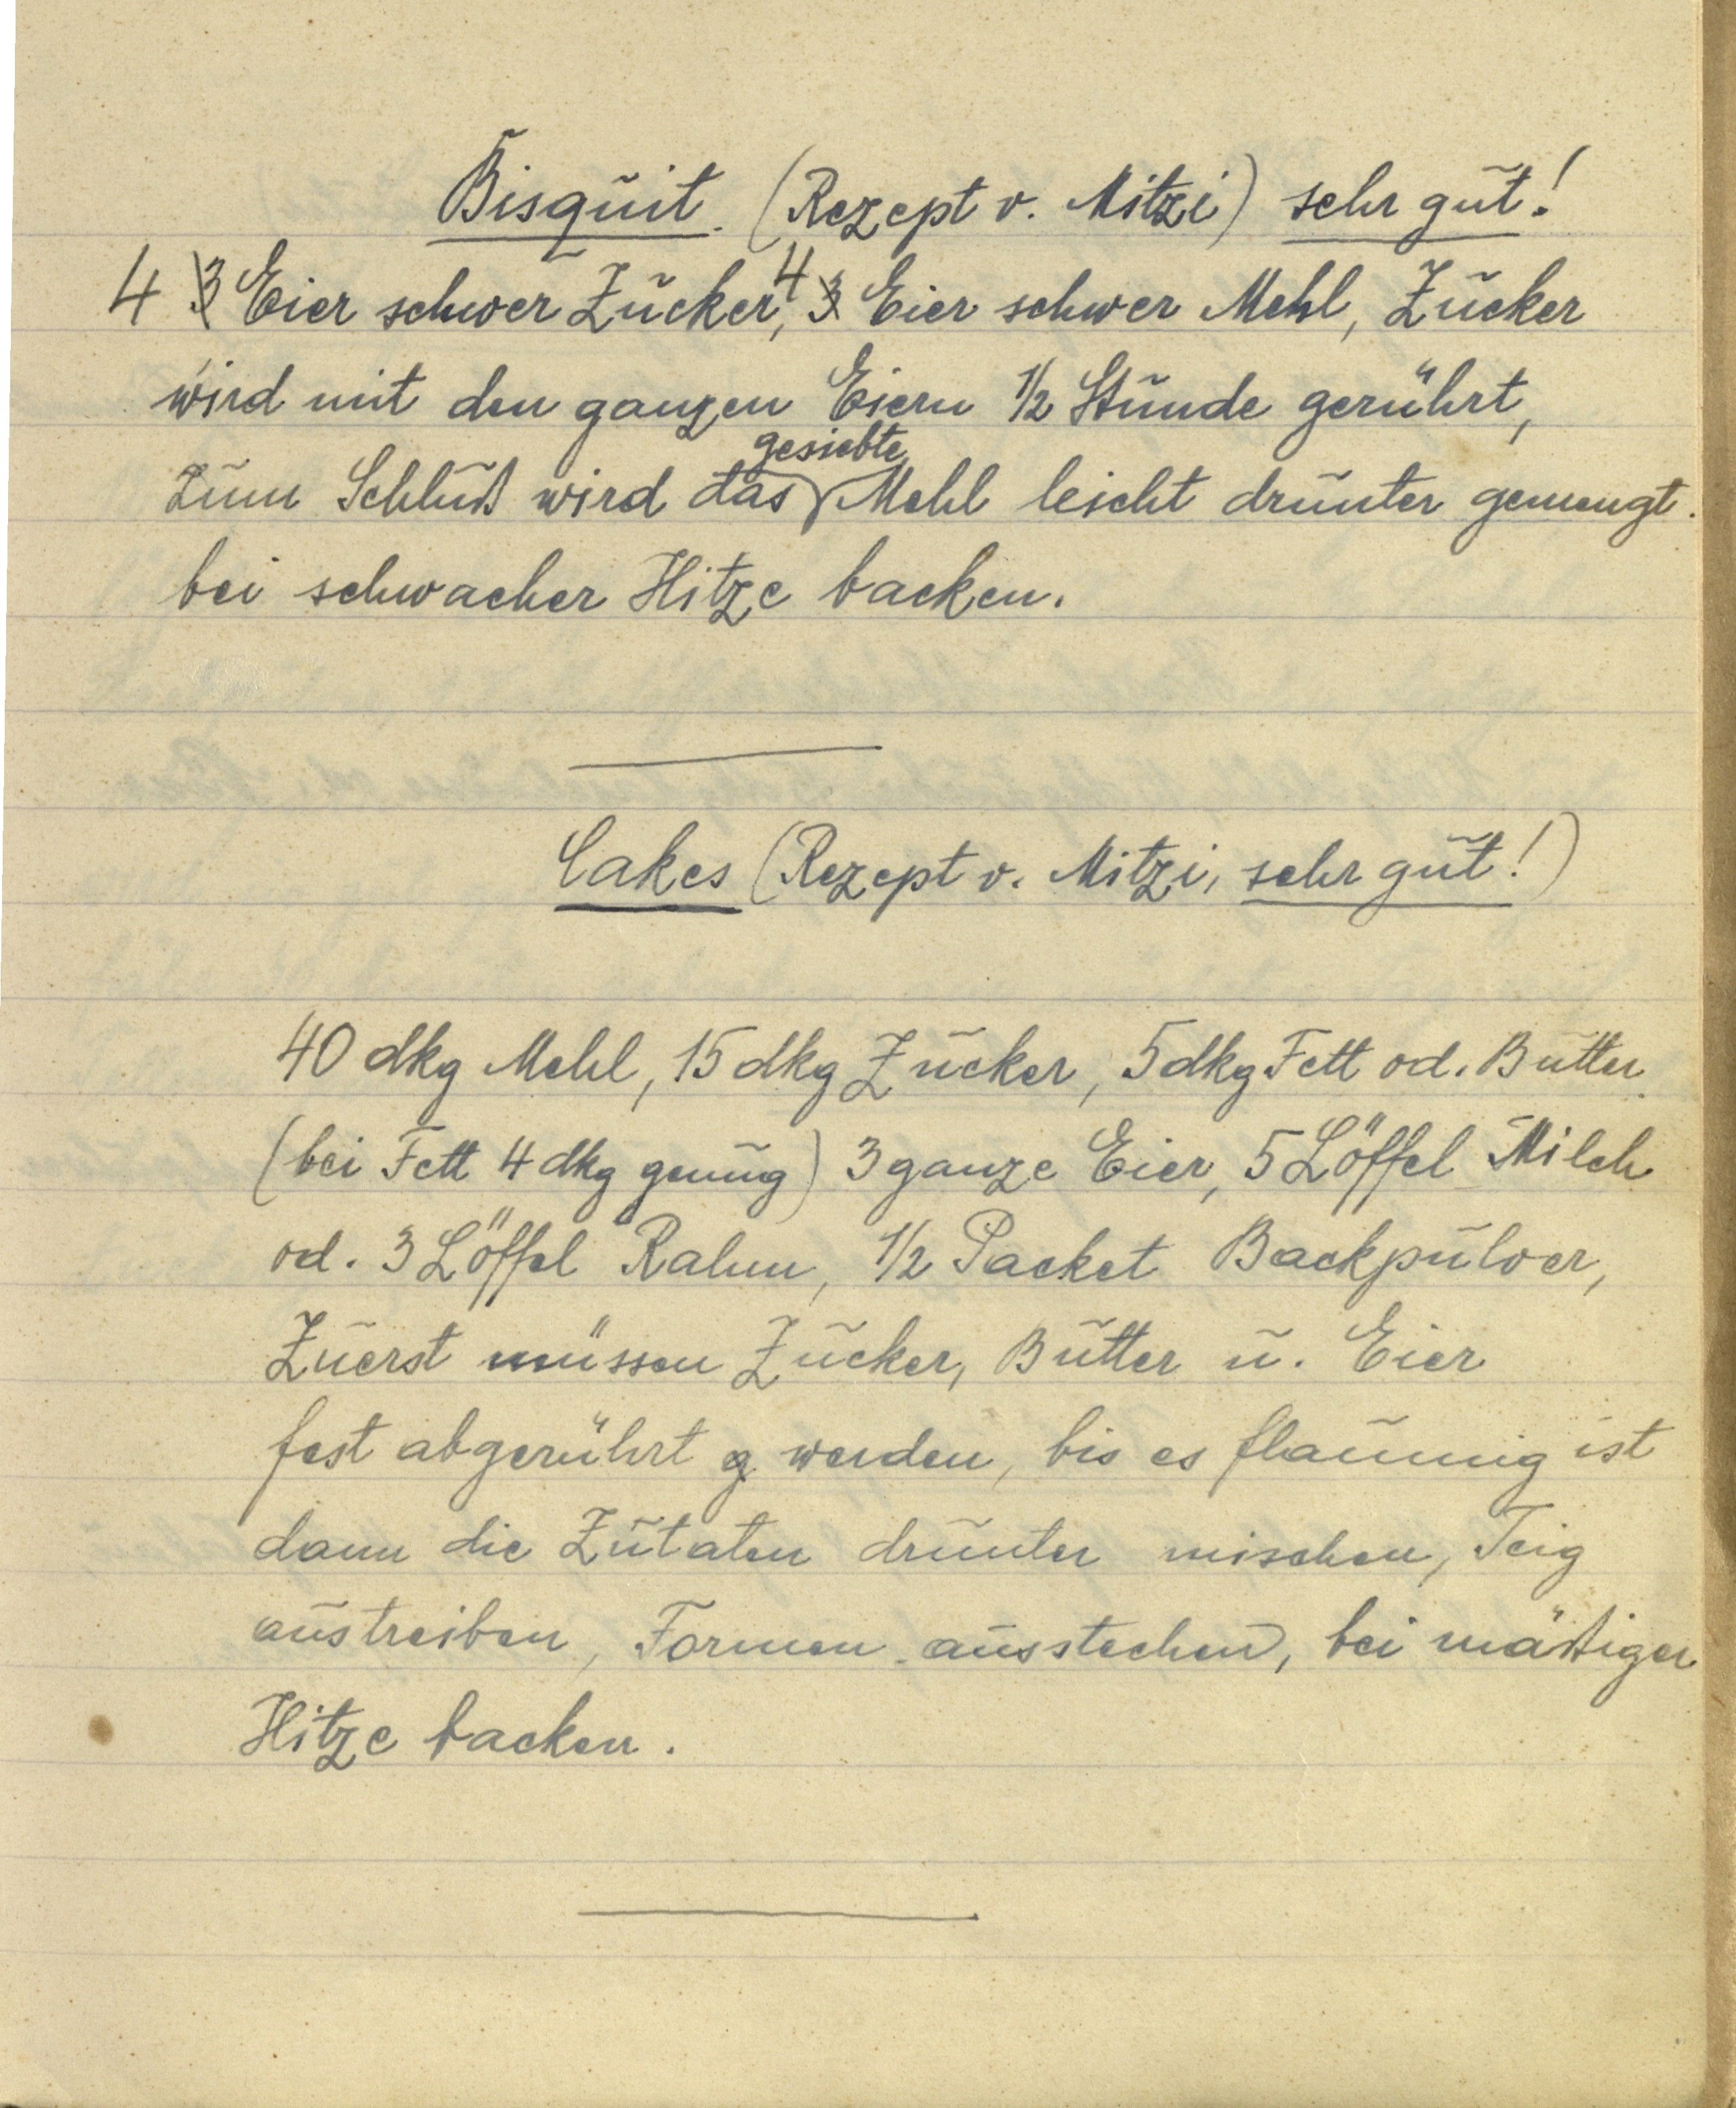
Bisquit. (Rezept v. Mitzi) sehr gut!
4 3 Eier schwer Zucker, 4 3 Eier schwer Mehl, Zucker
wird mit den ganzen Eiern ½ Stunde gerührt,
zum Schluß wird das gesiebte Mehl leicht drunter gemengt
bei schwacher Hitze backen.

Cakes (Rezept v. Mitzi, sehr gut!)

40 dkg Mehl, 15 dkg Zucker, 5 dkg Fett od. Butter
(bei Fett 4 dkg genug) 3 ganze Eier, 5 Löffel Milch
od. 3 Löffel Rahm, ½ Packet Backpulver,
Zuerst müssen Zucker, Butter u. Eier
fest abgerührt g werden, bis es flaumig ist
dann die Zutaten drunter mischen, Teig
austreiben, Formen ausstechen, bei mäßiger
Hitze backen.